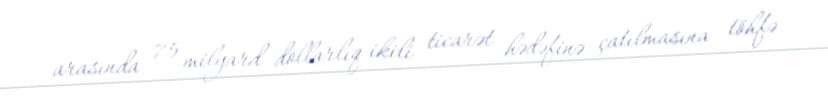
arasında 75 milyard dollarlıq ikili ticarət hədəfinə çatılmasına töhfə